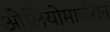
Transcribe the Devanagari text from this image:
ओलियोमार्जरीन